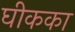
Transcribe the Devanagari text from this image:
घीकका